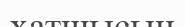
хатшысын